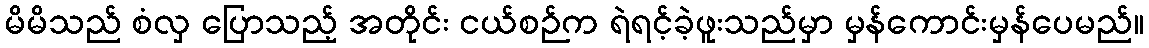
မိမိသည် စံလှ ပြောသည့် အတိုင်း ငယ်စဉ်က ရဲရင့်ခဲ့ဖူးသည်မှာ မှန်ကောင်းမှန်ပေမည်။